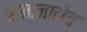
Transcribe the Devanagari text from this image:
समाजानेच